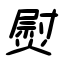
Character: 熨